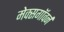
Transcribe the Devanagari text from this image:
मेक्सगॉवर्न